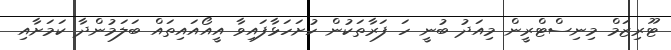
ޓޫރިޒަމް މިނިސްޓްރީން މިއަދު ބުނީ ހަ ފަރާތަކުން ހުށަހަޅާފައިވާ އީއޯއައިތައް ބަލަމުންދާ ކަމަށާއި